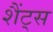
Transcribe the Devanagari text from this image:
शैंट्स